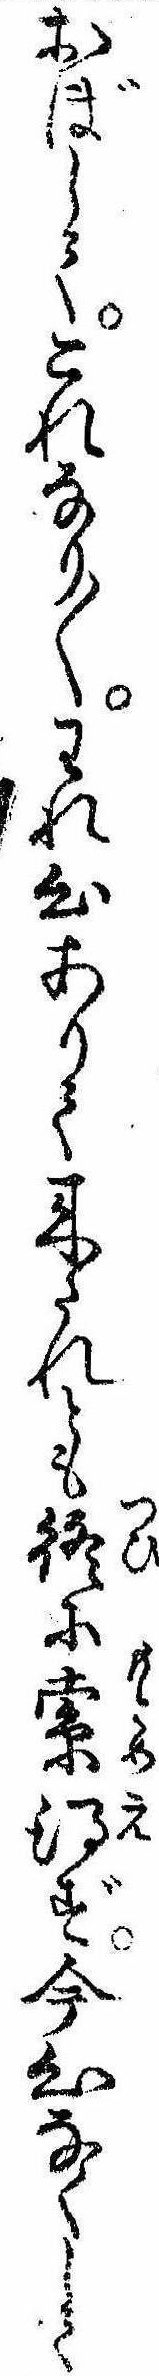
おぼしてこれなり〱われ心ありて来たれとも終に索得ず今心なくして